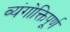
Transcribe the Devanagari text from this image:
व्यंगोक्तिपूर्ण